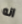
انه